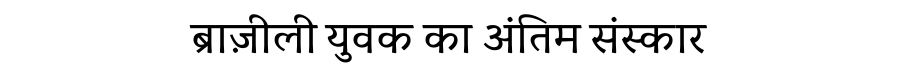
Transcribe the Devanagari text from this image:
ब्राज़ीली युवक का अंतिम संस्कार